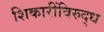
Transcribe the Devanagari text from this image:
शिकारींविरुद्ध